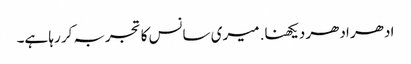
ادھر ادھر دیکھنا. میری سانس کا تجربہ کر رہا ہے۔